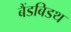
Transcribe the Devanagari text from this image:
बैंडबिडथ